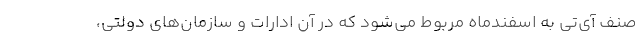
صنف آی‌تی به اسفندماه مربوط می‌شود که در آن ادارات و سازمان‌های دولتی،